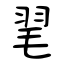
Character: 毣